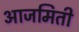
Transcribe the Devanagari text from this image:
आजमिती